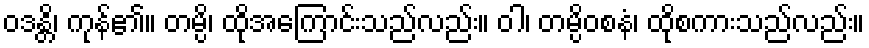
ဝဒန္တိ၊ ကုန်၏။ တမ္ပိ၊ ထိုအကြောင်းသည်လည်း။ ဝါ၊ တမ္ပိဝစနံ၊ ထိုစကားသည်လည်း။